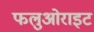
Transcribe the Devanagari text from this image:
फलुओराइट